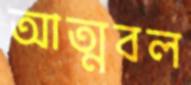
আত্মবল